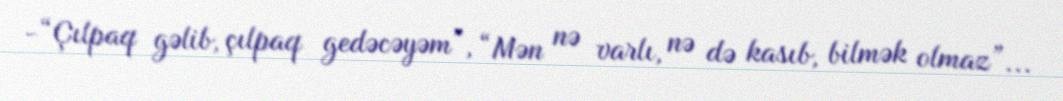
-“Çılpaq gəlib, çılpaq gedəcəyəm”, “Mən nə varlı, nə də kasıb, bilmək olmaz”...